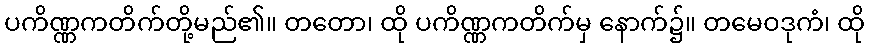
ပကိဏ္ဏကတိက်တို့မည်၏။ တတော၊ ထို ပကိဏ္ဏကတိက်မှ နောက်၌။ တမေဝဒုကံ၊ ထို